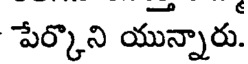
పేర్కొని యున్నారు.